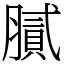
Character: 膩